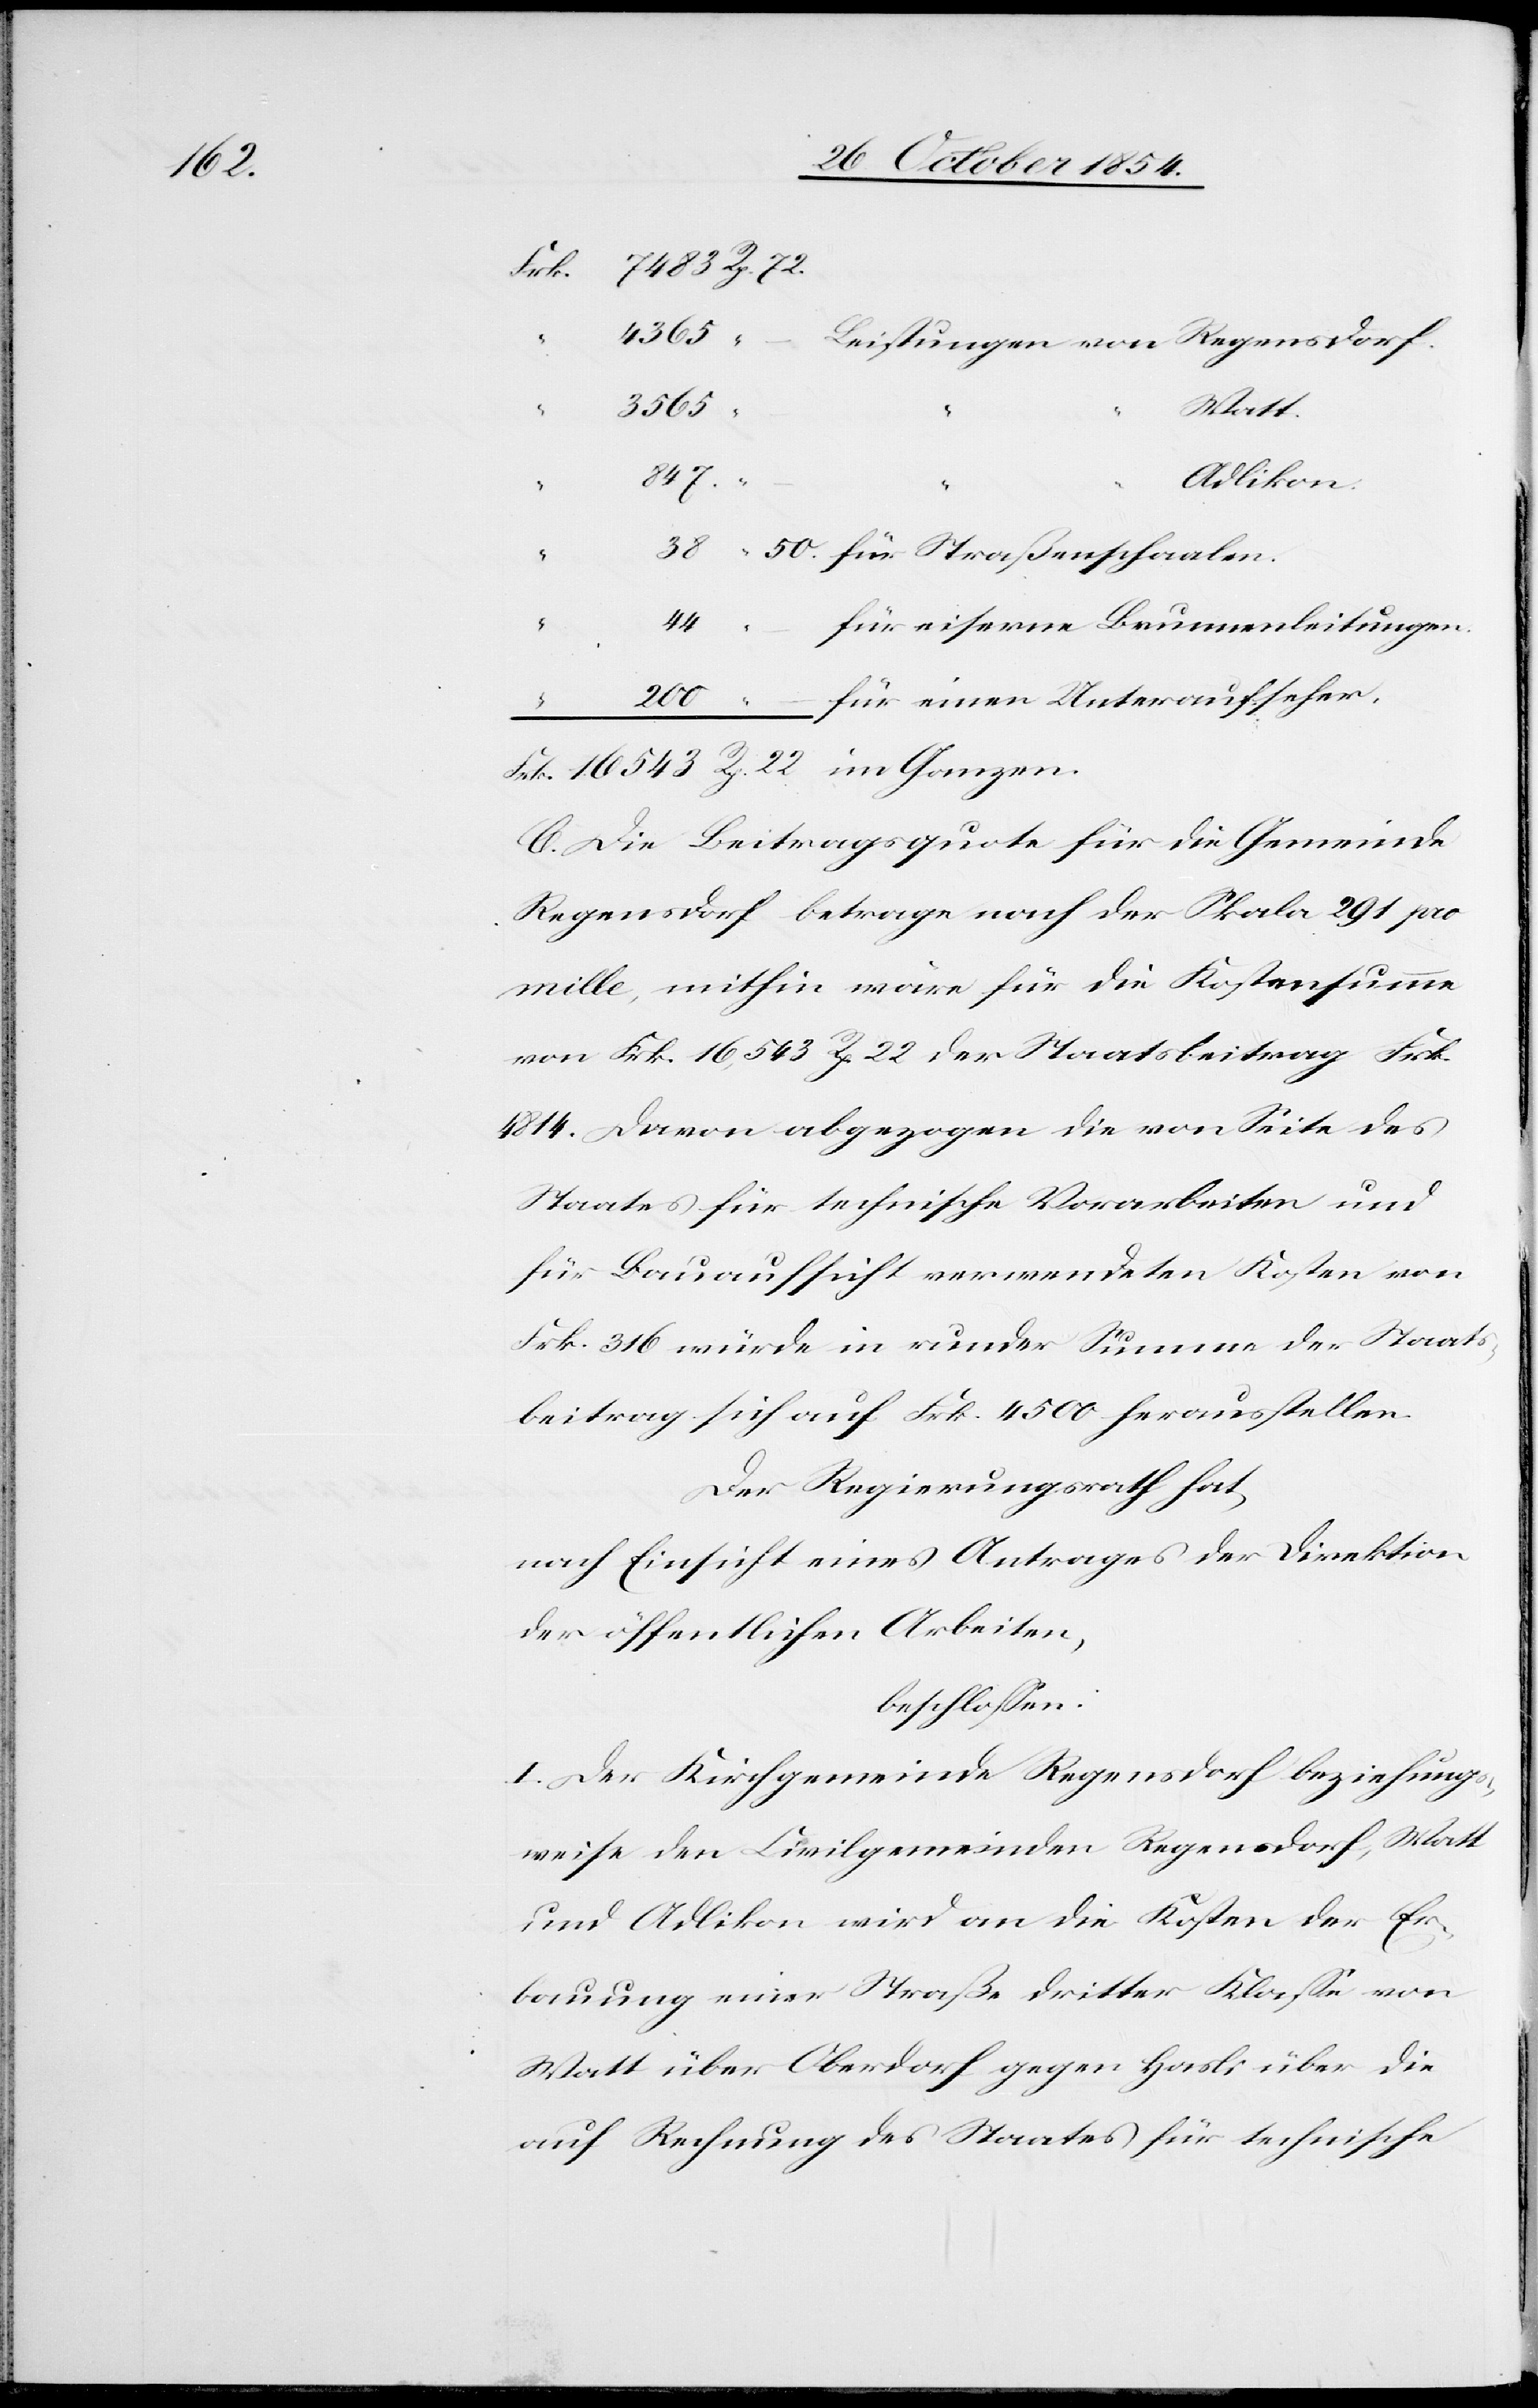
72.

4365
3565
Watt.
38
50.
Adlikon.
44
für eiserne Brunnenleitungen.
für einen Unteraufseher.
22
C. Die Beitragsquote für die Gemeinde
Regensdorf betrage nach der Skala 291 pro
mille, mithin wäre für die Kostensumme
von Frk. 16,543 Rp. 22 der Staatsbeitrag Frk.
4814. Davon abgezogen die von Seite des
Staates für technische Vorarbeiten und
für Bauaufsicht verwendeten Kosten von
Frk. 316 würde in runder Summe der Staats¬
beitrag sich auf Frk. 4500 herausstellen.
Der Regierungsrath hat
nach Einsicht eines Antrages der Direktion
der öffentlichen Arbeiten,
beschloßen:
I. Der Kirchgemeinde Regensdorf beziehungs¬
weise den Civilgemeinden Regensdorf, Watt
und Adlikon wird an die Kosten der Er¬
bauung einer Straße dritter Klaße von
Watt über Oberdorf gegen Hasli über die
auf Rechnung des Staates für technische